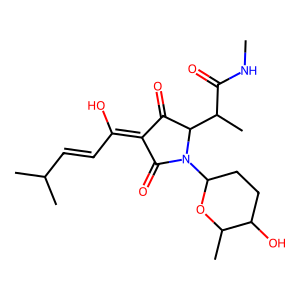
SMILES: CNC(=O)C(C)C1C(=O)C(=C(O)C=CC(C)C)C(=O)N1C1CCC(O)C(C)O1
Inhibits HIV replication: No